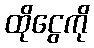
ထိုငွေကို